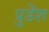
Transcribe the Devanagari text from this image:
प्रुडेंश